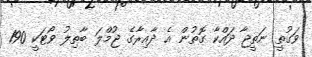
ވަގުތީ ނަތީޖާ ދައްކާ ގޮތުން އެ ދާއިރާގެ ޖުމްލަ ބާތިލު ވޯޓަކީ 190